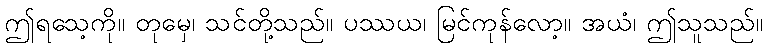
ဤရသေ့ကို။ တုမှေ၊ သင်တို့သည်။ ပဿယ၊ မြင်ကုန်လော့။ အယံ၊ ဤသူသည်။